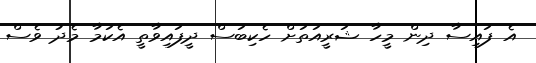
އެ ފައިސާ ދިން މީހާ ޝަރީއަތަށް ހެކިބަސް ދީފައިވާތީ އެކަމާ މެދު ވެސް